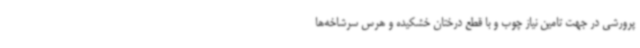
پرورشی در جهت تامین نیاز چوب و با قطع درختان خشکیده و هرس سرشاخه‌ها